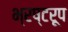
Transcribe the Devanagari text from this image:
भ्रष्टरूप